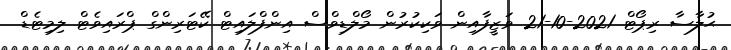
ޙުލާސާ ރިޕޯޓް 2021-10-21 ވަޒީފާއިން ވަކިކުރުން މޯލްޑިވްސް އިންފްލައިޓް ކޭޓަރިންގް ޕްރައިވެޓް ލިމިޓެޑް